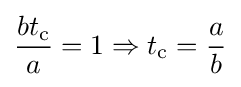
{\frac {bt_{\text{c}}}{a}}=1\Rightarrow t_{\text{c}}={\frac {a}{b}}